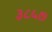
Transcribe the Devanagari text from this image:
३८५७